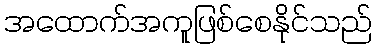
အထောက်အကူဖြစ်စေနိုင်သည်